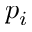
p _ { i }